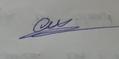
Signature authenticity: genuine